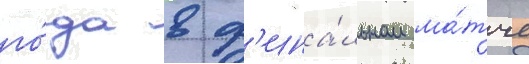
го́да в ф'ина́льном ма́тче